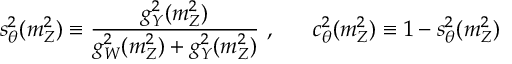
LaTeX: s _ { \theta } ^ { 2 } ( m _ { Z } ^ { 2 } ) \equiv \frac { g _ { Y } ^ { 2 } ( m _ { Z } ^ { 2 } ) } { g _ { W } ^ { 2 } ( m _ { Z } ^ { 2 } ) + g _ { Y } ^ { 2 } ( m _ { Z } ^ { 2 } ) } ~ , ~ ~ ~ ~ ~ c _ { \theta } ^ { 2 } ( m _ { Z } ^ { 2 } ) \equiv 1 - s _ { \theta } ^ { 2 } ( m _ { Z } ^ { 2 } )